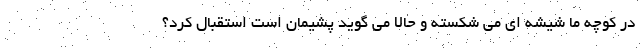
در کوچه ما شیشه ای می شکسته و حالا می گوید پشیمان است استقبال کرد؟